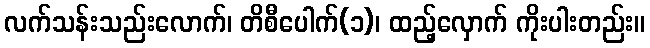
လက်သန်းသည်းလောက်၊ တိစီပေါက်(၁)၊ ထည့်လှောက် ကိုးပါးတည်း။